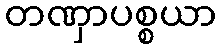
တဏှာပစ္စယာ